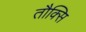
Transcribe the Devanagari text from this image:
तौक्सि